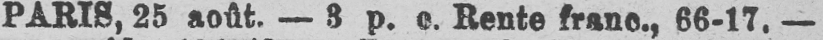
PARIS, 25 août. - 3 p. e. Rente franc., 66-17.-